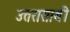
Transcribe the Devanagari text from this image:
उत्तरासाथी